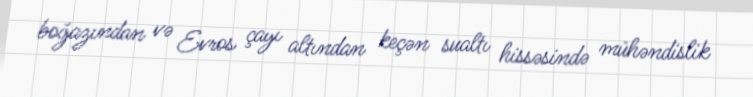
boğazından və Evros çayı altından keçən sualtı hissəsində mühəndislik